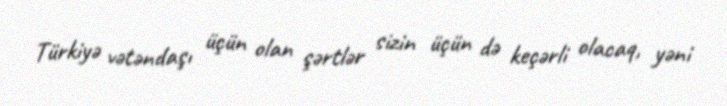
Türkiyə vətəndaşı üçün olan şərtlər sizin üçün də keçərli olacaq, yəni